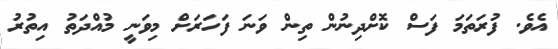
އެވެ. ފުރަތަމަ ފަސް ކޮށްދިނުން ތިން ވަނަ ފަހަރަށް މިވަނީ މުއްދަތު އިތުރު